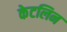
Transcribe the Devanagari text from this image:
केटलिन